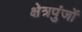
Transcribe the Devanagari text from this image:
क्षेत्रपुंजों